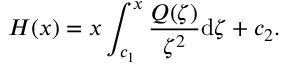
H ( x ) = x \int _ { c _ { 1 } } ^ { x } \frac { Q ( \zeta ) } { \zeta ^ { 2 } } \mathrm d \zeta + c _ { 2 } .